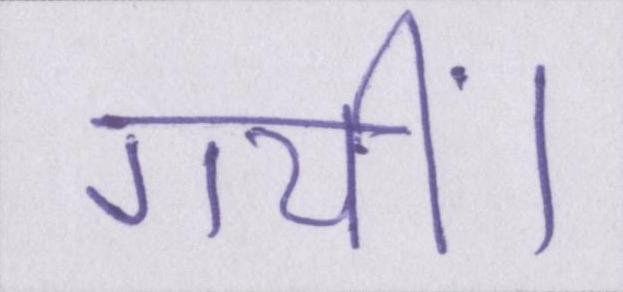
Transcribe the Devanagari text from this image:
गयीं।